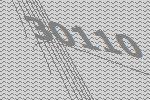
30110